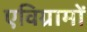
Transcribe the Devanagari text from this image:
एविग्रामों